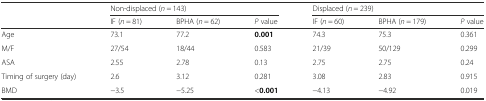
| <ROWSPAN=2>  | <COLSPAN=3> Non-displaced (n = 143) | <COLSPAN=3> Displaced (n = 239) |
 | IF (n = 81) | BPHA (n = 62) | P value | IF (n = 60) | BPHA (n = 179) | P value |
 | --- | --- | --- | --- | --- | --- | --- |
 | Age | 73.1 | 77.2 | 0.001 | 74.3 | 75.3 | 0.361 |
 | M/F | 27/54 | 18/44 | 0.583 | 21/39 | 50/129 | 0.299 |
 | ASA | 2.55 | 2.78 | 0.13 | 2.75 | 2.75 | 0.24 |
 | Timing of surgery (day) | 2.6 | 3.12 | 0.281 | 3.08 | 2.83 | 0.915 |
 | BMD | −3.5 | −5.25 | <0.001 | −4.13 | −4.92 | 0.019 |